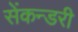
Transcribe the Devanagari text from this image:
सेंकन्‍डरी